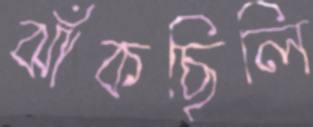
ঝাঁকছিলি